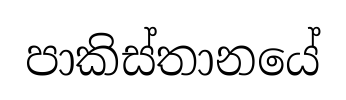
පාකිස්තානයේ